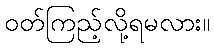
ဝတ်ကြည့်လို့ရမလား။